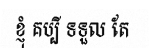
ខ្ញុំ គប្បី ទទួល តែ